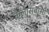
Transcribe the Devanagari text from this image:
कैलासवासी